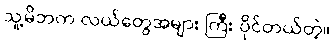
သူ့မိဘက လယ်တွေအများ ကြီး ပိုင်တယ်တဲ့။